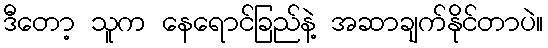
ဒီတော့ သူက နေရောင်ခြည်နဲ့ အဆာချက်နိုင်တာပဲ။